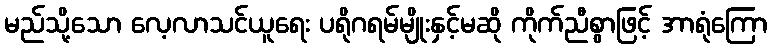
မည်သို့သော လေ့လာသင်ယူရေး ပရိုဂရမ်မျိုးနှင့်မဆို ကိုက်ညီစွာဖြင့် အာရုံကြော